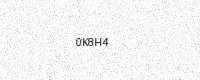
Text: 0K8H4